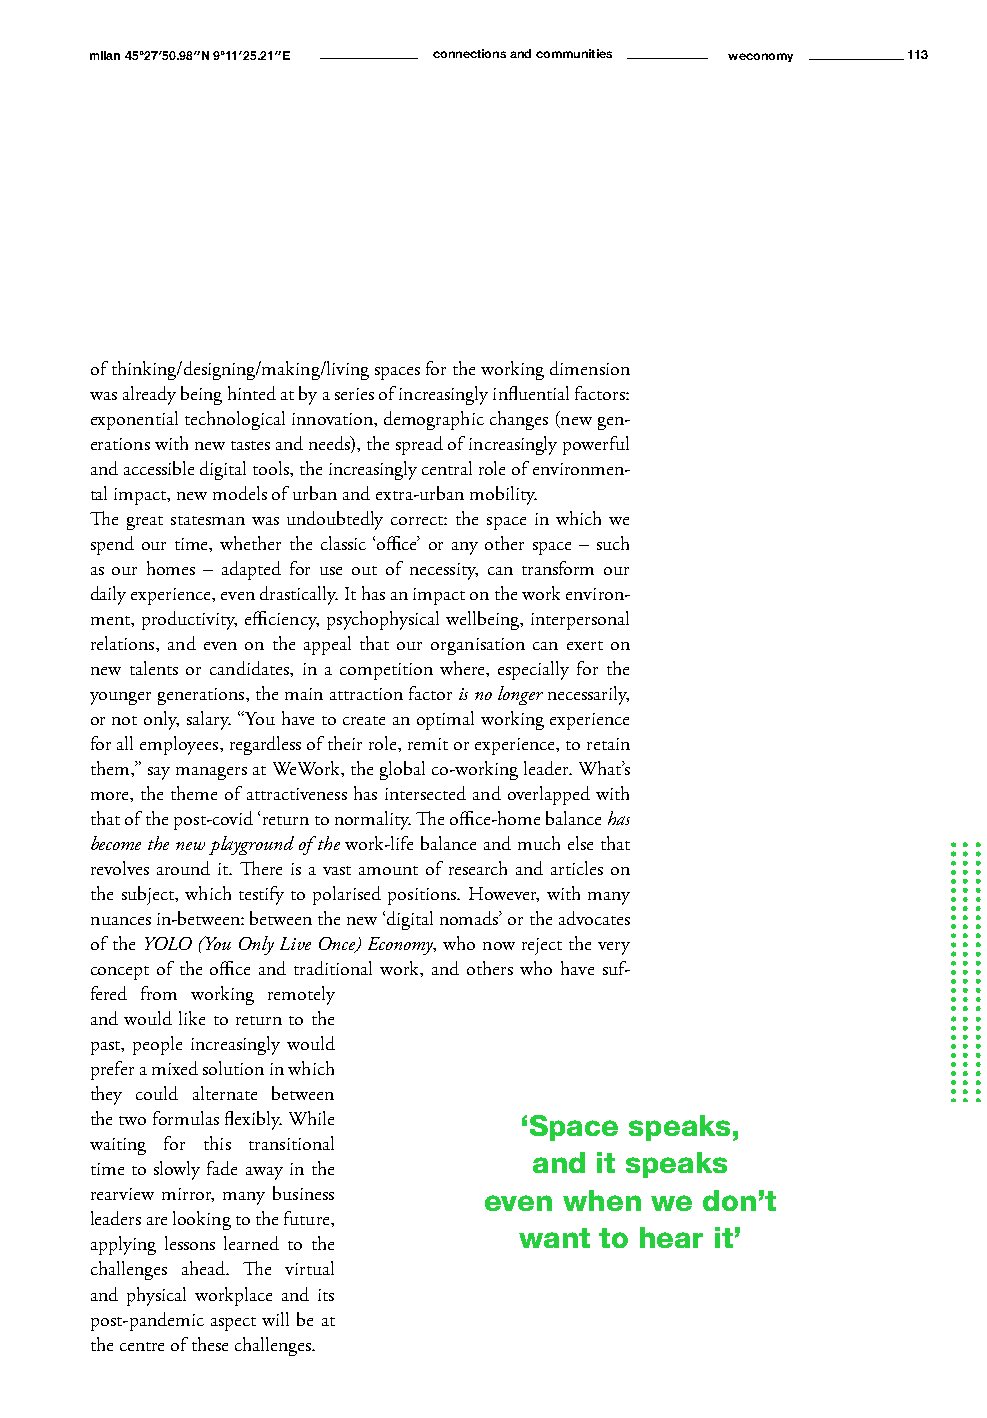
milan 45°27′50.98″N 9°11′25.21″E connections and communities weconomy 113
 of thinking/designing/making/living spaces for the working dimension
 was already being hinted at by a series of increasingly influential factors:
 exponential technological innovation, demographic changes (new gen-
 erations with new tastes and needs), the spread of increasingly powerful
 and accessible digital tools, the increasingly central role of environmen-
 tal impact, new models of urban and extra-urban mobility.
 The great statesman was undoubtedly correct: the space in which we
 spend our time, whether the classic ‘office’ or any other space – such
 as our homes – adapted for use out of necessity, can transform our
 daily experience, even drastically. It has an impact on the work environ-
 ment, productivity, efficiency, psychophysical wellbeing, interpersonal
 relations, and even on the appeal that our organisation can exert on
 new talents or candidates, in a competition where, especially for the
 younger generations, the main attraction factor is no longer necessarily,
 or not only, salary. “You have to create an optimal working experience
 for all employees, regardless of their role, remit or experience, to retain
 them,” say managers at WeWork, the global co-working leader. What’s
 more, the theme of attractiveness has intersected and overlapped with
 that of the post-covid ‘return to normality. The office-home balance has
 become the new playground of the work-life balance and much else that
 revolves around it. There is a vast amount of research and articles on
 the subject, which testify to polarised positions. However, with many
 nuances in-between: between the new ‘digital nomads’ or the advocates
 of the YOLO (You Only Live Once) Economy, who now reject the very
 concept of the office and traditional work, and others who have suf-
 fered from working remotely
 and would like to return to the
 past, people increasingly would
 prefer a mixed solution in which
 they could alternate between
 the two formulas flexibly. While ‘Space speaks,
 waiting for this transitional
 and it speaks
 time to slowly fade away in the
 rearview mirror, many business even when we don’t
 leaders are looking to the future,
 want  to hear it’
 applying lessons learned to the
 challenges ahead. The virtual
 and physical workplace and its
 post-pandemic aspect will be at
 the centre of these challenges.